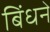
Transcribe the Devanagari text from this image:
बिंधने